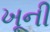
ખૂની